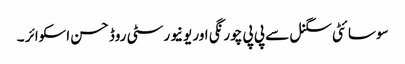
سوسا ئٹی سگنل سے پی پی چورنگی اور یونیورسٹی روڈ حسن اسکوائر ۔